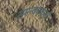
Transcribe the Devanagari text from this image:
समन्वयकर्ता